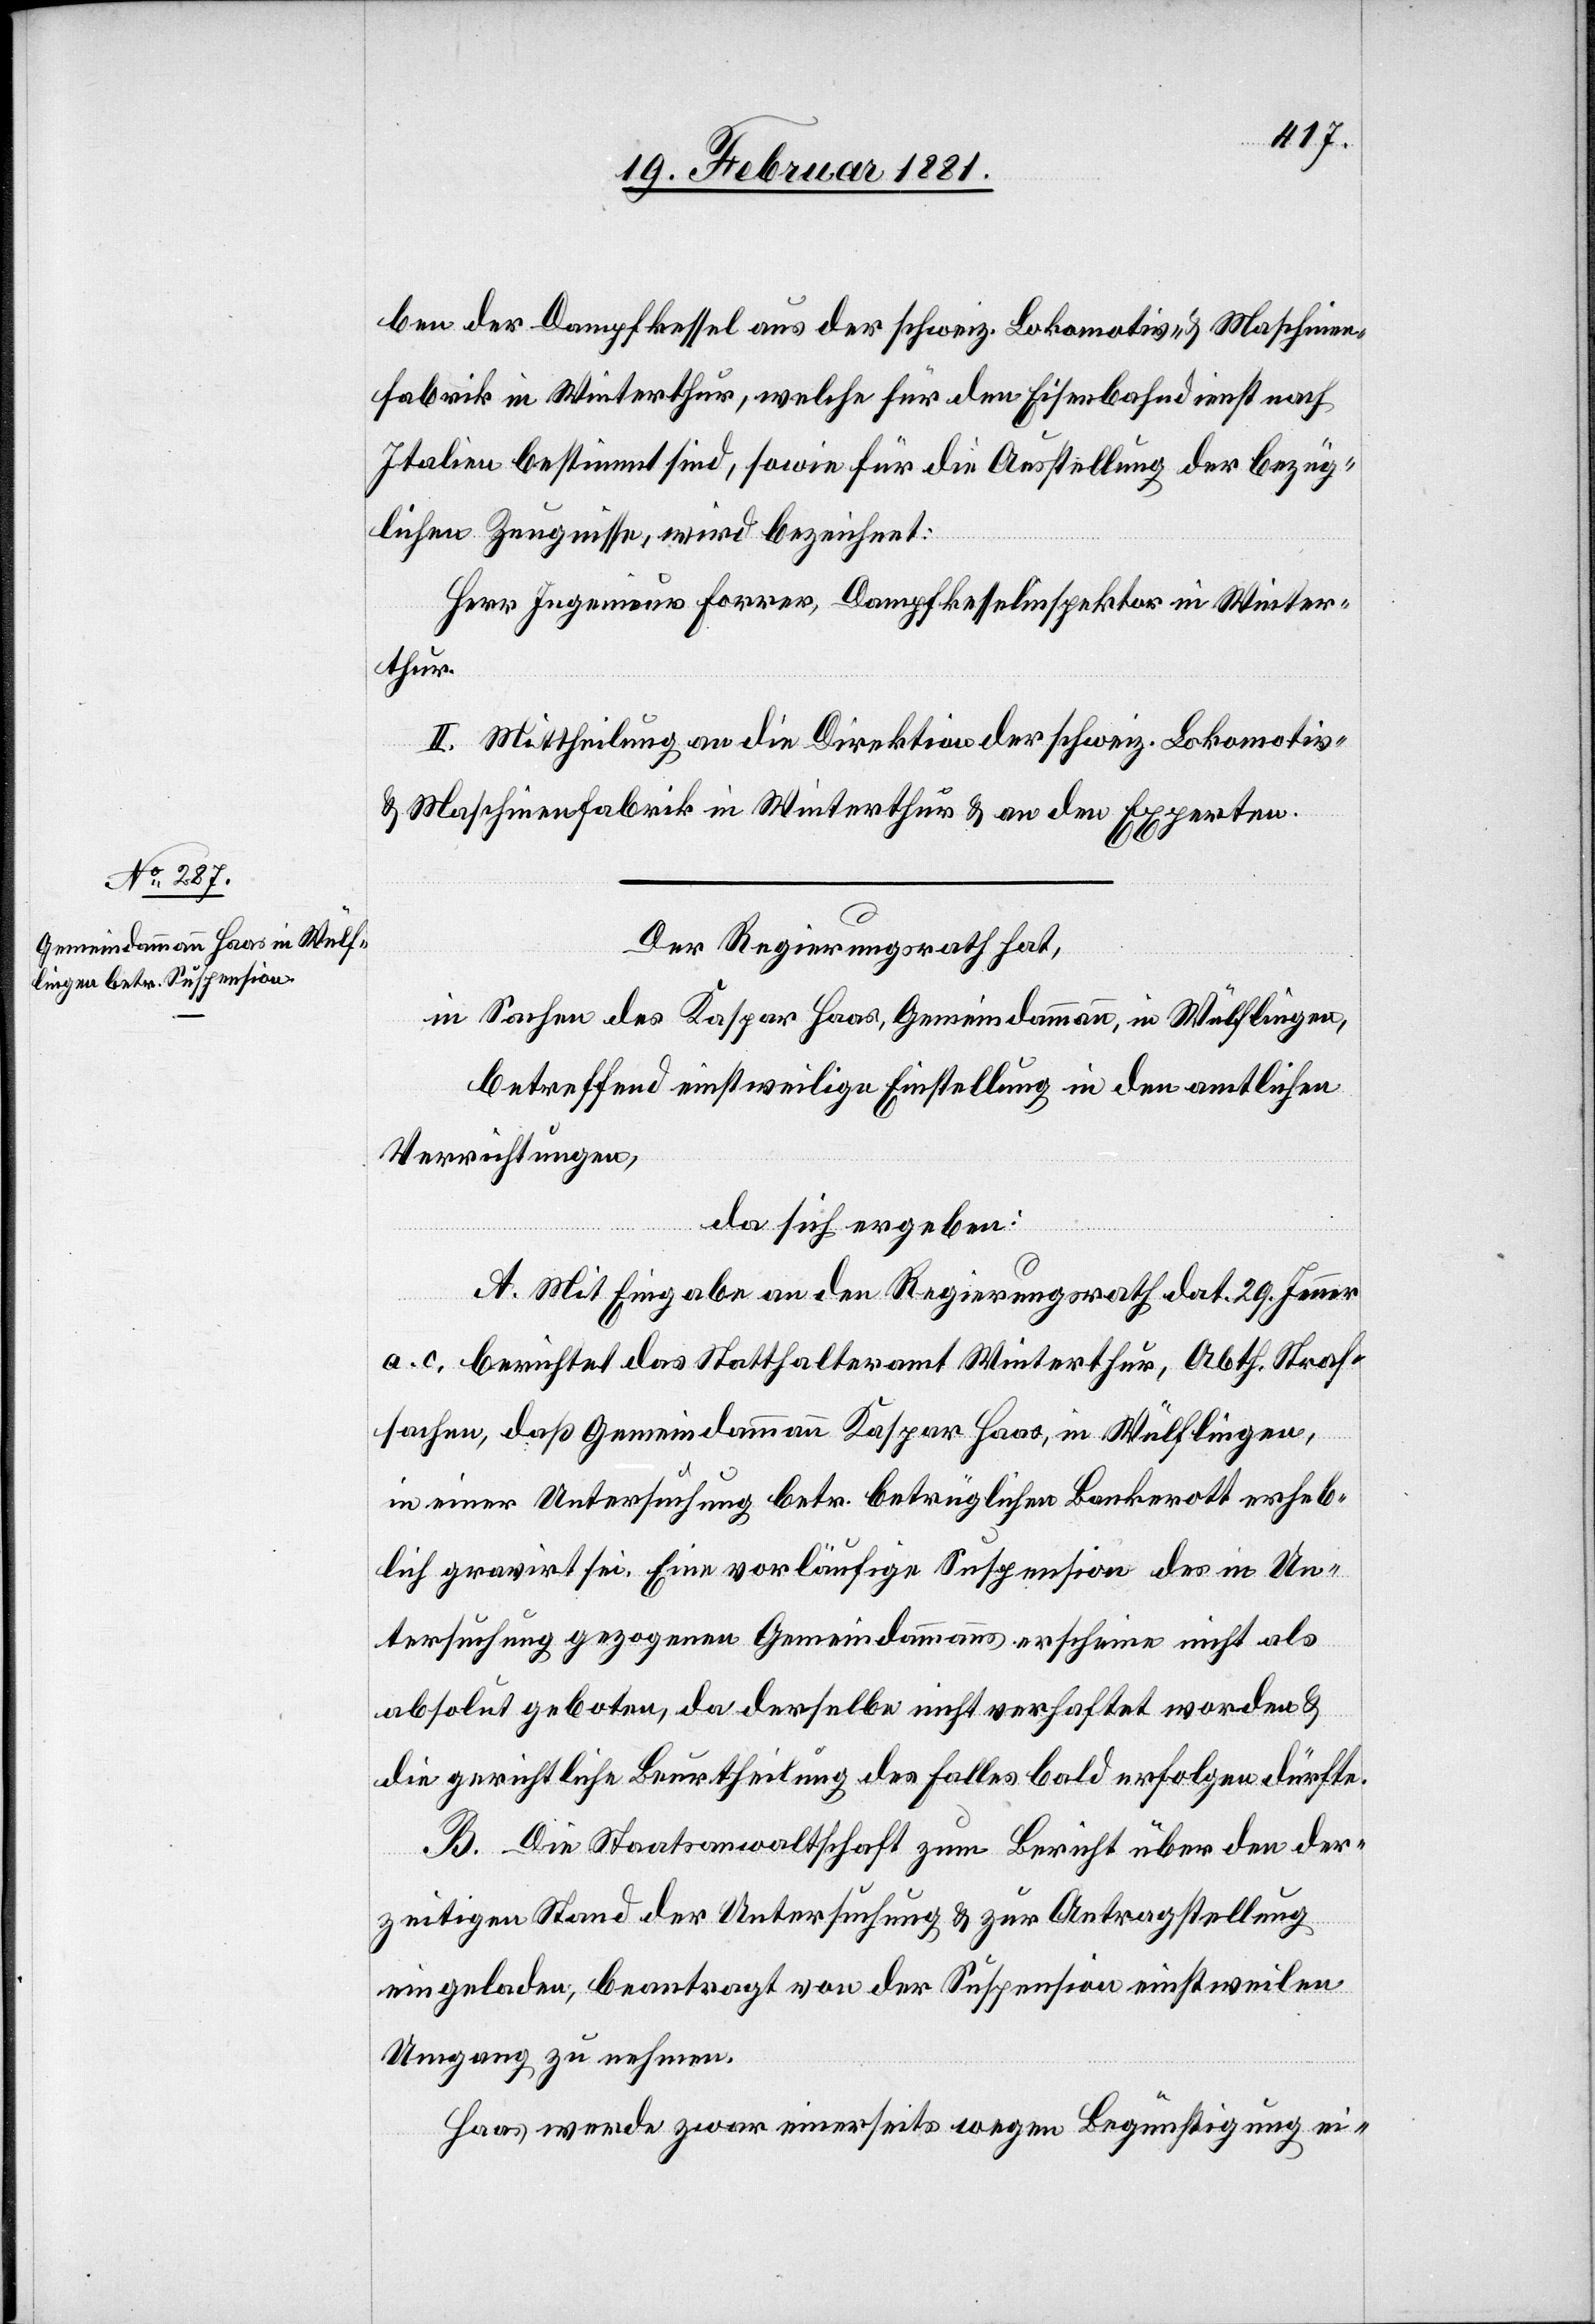
ben der Dampfkessel aus der schweiz. Lokomotiv- & Maschinen¬
fabrik in Winterthur, welche für den Eisenbahndienst nach
Italien bestimmt sind, sowie für die Ausstellung der bezüg¬
lichen Zeugnisse, wird bezeichnet:
Herr Ingenieur Forrer, Dampfkesselinspektor in Winter¬
thur.
II. Mittheilung an die Direktion der schweiz. Lokomotiv-
& Maschinenfabrik in Winterthur & an den Experten.
Der Regierungsrath hat,
in Sachen des Kaspar Haas, Gemeindammann, in Wülflingen,
betreffend einstweilen Einstellung in den amtlichen
Verrichtungen,
da sich ergeben:
A. Mit Eingabe an den Regierungsrath dat. 29. Jenner
a. c. berichtet das Statthalteramt Winterthur, Abth. Straf¬
sachen, daß Gemeindammann Kaspar Haas, in Wülflingen,
in einer Untersuchung betr. betrüglichen Bankerott erheb¬
lich gravirt sei. Eine vorläufige Suspension des in Un¬
tersuchung gezogenen Gemeindammanns erscheine nicht als
absolut geboten, da derselben nicht verhaftet worden &
die gerichtliche Beurtheilung des Falles bald erfolgen dürfte.
B. Die Staatsanwaltschaft zum Bericht über den der¬
zeitigen Stand der Untersuchung & zur Antragstellung
eingeladen beantragt von der Suspension einstweilen
Umgang zu nehmen.
Haas werde zwar einerseits wegen Begünstigung ei-